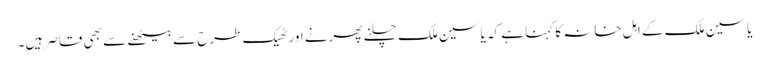
یاسین ملک کے اہل خانہ کا کہنا ہے کہ یاسین ملک چلنے پھرنے اور ٹھیک طرح سے بیٹھنے سے بھی قاصر ہیں۔